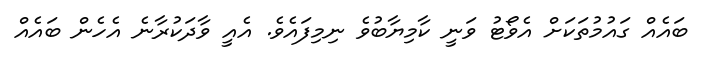
ބައެއް ގައުމުތަކަށް އެވޯޓު ވަނީ ކާމިޔާބުވެ ނިމިފައެވެ. އެއީ ވާދަކުރާނެ އެހެން ބައެއް